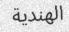
الھندية